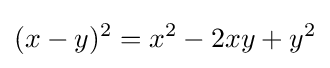
(x-y)^{2}=x^{2}-2xy+y^{2}